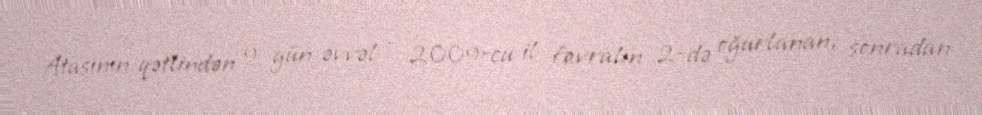
Atasının qətlindən 9 gün əvvəl - 2009-cu il fevralın 2-də oğurlanan, sonradan